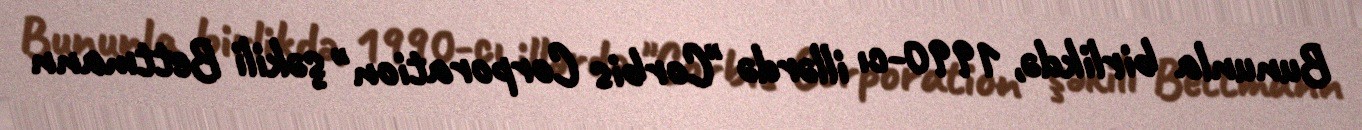
Bununla birlikdə, 1990-cı illərdə "Corbis Corporation" şəkili Bettmann